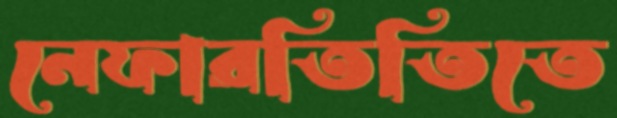
নেফারতিতিতে